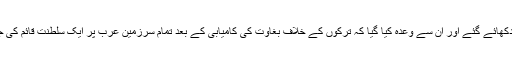
شریف مکہ حسین اور اس کے بیٹے فیصل کو لارنس کی طرف سے نہایت سنہرے خواب دکھائے گئے اور ان سے وعدہ کیا گیا کہ ترکوں کے خلاف بغاوت کی کامیابی کے بعد تمام سرزمین عرب پر ایک سلطنت قائم کی جائے گی جس میں عراق و شام کے علاوہ فلسطین واسرائیل کے علاقے بھی شامل ہوں گے۔